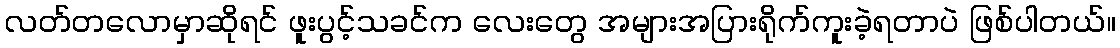
လတ်တလောမှာဆိုရင် ဖူးပွင့်သခင်က လေးတွေ အများအပြားရိုက်ကူးခဲ့ရတာပဲ ဖြစ်ပါတယ်။